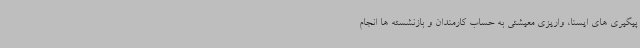
پیگیری های ایسنا، واریزی معیشتی به حساب کارمندان و بازنشسته ها انجام